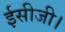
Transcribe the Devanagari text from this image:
ईसीजी।